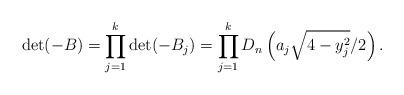
LaTeX: \begin{align*}\det(-B)=\prod_{j=1}^k\det(-B_j)=\prod_{j=1}^kD_n\left(a_j\sqrt{4-y_j^2}/2\right).\end{align*}